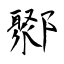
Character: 鄹